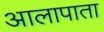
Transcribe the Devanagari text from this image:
आलापाता